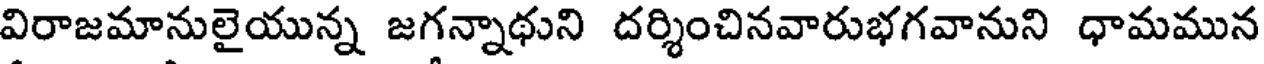
విరాజమానులైయున్న జగన్నాథుని దర్శించినవారుభగవానుని ధామమున